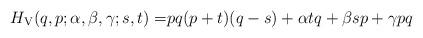
LaTeX: \begin{align*}H_{{\rm V}}(q,p;\alpha,\beta,\gamma;s,t)=& pq(p+t)(q-s)+\alpha tq+\beta sp+\gamma pq\end{align*}